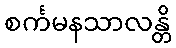
စင်္ကမနသာလန္တိ